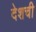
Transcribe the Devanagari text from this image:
देशची